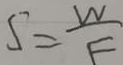
S = \frac { W } { F }